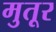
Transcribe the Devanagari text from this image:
मुतूर